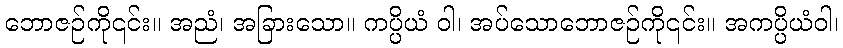
ဘောဇဉ်ကို၎င်း။ အညံ၊ အခြားသော။ ကပ္ပိယံ ဝါ၊ အပ်သောဘောဇဉ်ကို၎င်း။ အကပ္ပိယံဝါ၊